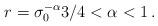
LaTeX: \begin{align*} r=\sigma_0^{-\alpha} 3/4<\alpha<1\,.\end{align*}